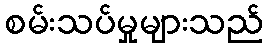
စမ်းသပ်မှုများသည်